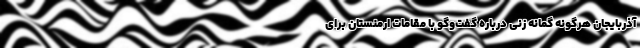
آذربایجان هرگونه گمانه زنی درباره گفت‌وگو با مقامات ارمنستان برای